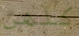
كلهن